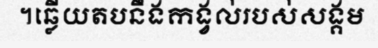
។ឆ្លើយតបនឹងកង្វល់របស់សង្គម